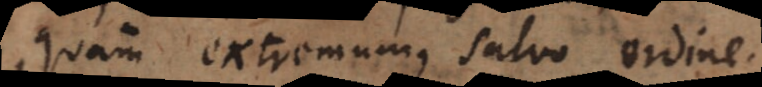
quam extremum, salvo ordine.